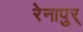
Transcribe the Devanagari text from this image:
रेनापुर्